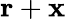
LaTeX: \mathbf{r}+\mathbf{x}